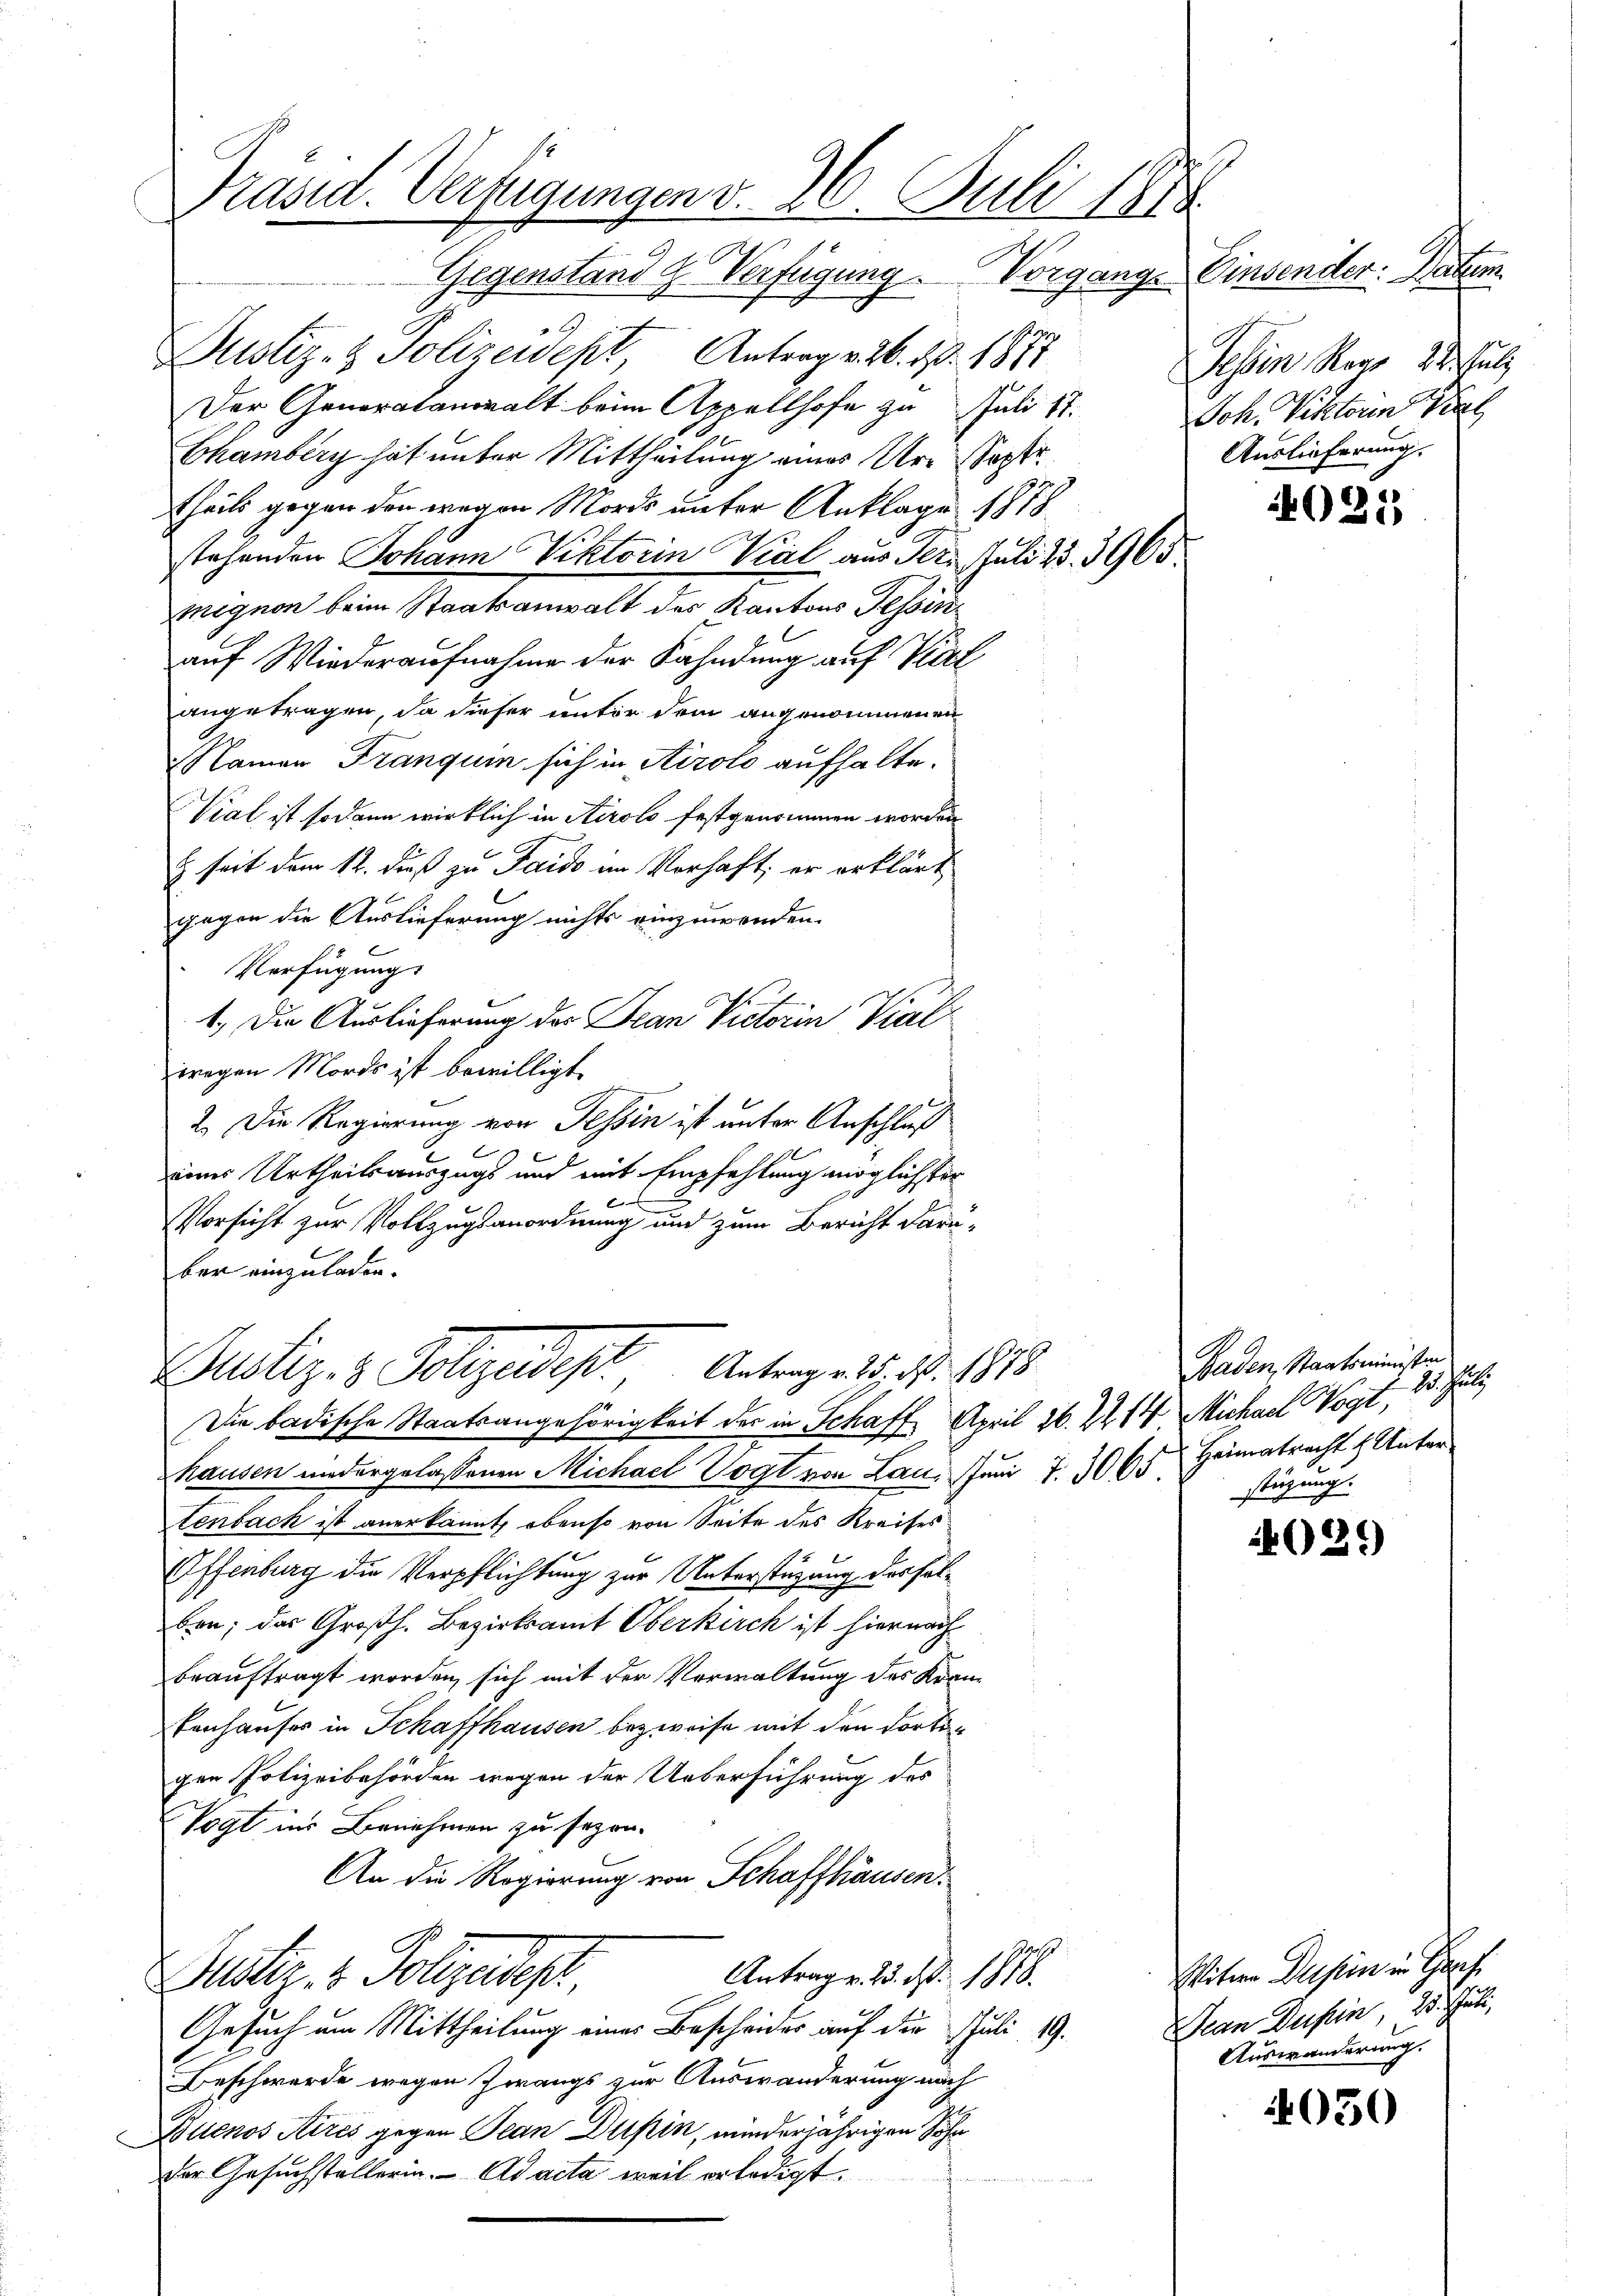
Präsid. Verfügungen v. 26. Juli 1878
Gegenstand u. Verfügung. Vorgange Einsender: Datum

Justiz- & Polizeidept Antrag v. 26. No. 1877
Der Generalanwalt beim Appellhofe zu Juli 17.
Chamberg hat unter Mittheilung eines Ure Postt
theils gegen den wegen Mordes unter Anklage 1878
stehenden Johann Viktorin Viel aus Ter. Juli 23. 3965.
Mignon beim Staatsanwalt des Kantons Tessinauf Wiederaufnahme der Fahndung auf Viel
angetragen, da dieser unter dem angenommenen
Namen Tranqui sich in Airolo aufhalte.
Vial ist sodann wirklich in Airolo festgenommen worden
E seit dem 12. dieß zu Taido im Vorhaft, er erklärt
gegen die Auslieferung nichts einzuwenden.
Verfügung
1.) Die Auslieferung des Jean Victorin Vialwegen Mords ist bewilligt.
2. Die Regierung von Tessin ist unter Anschluß
eines Urtheilsauszugs und mit Empfehlung möglichster
b
Vorsicht zur Vollzugsanordnung und zum Bericht darüber einzuladen.
Justiz- & Polizeidest, Antragen 15. No. 1813
Die badische Staatsangehörigkeit der in Schaff, April 26. 2214 Michael Vogt,
hausen niedergelassenen Michael Vogt von Lan. Juni 7. 306. Heimatracht f Unter
tenbach ist anerkannt, ebenso von Seite des Kreises
Offenburg die Verpflichtung zur Unterstüzung desselben; das Großh. Bezirksamt Oberkirch ist hiernach
beauftragt worden, sich mit der Verwaltung des Kran¬
Ernhauses in Schaffhausen bezweife mit den dortig
gen Polizeibehörden wegen der Ueberführung des
Vogt ins Benehmen zu sezen-
An die Regierung von Schaffhausen
Antrag v. 23. No. 1878.
Puster. 1 Polizedel,
Gesuch um Mittheilung eines Bescheider auf der Juli 19.
Beschwerde wegen Zwangs zur Auswanderung nach
Buenos Aires gegen Jean Dupin, minderjährigen Sohn
der Gesuchstellerin. Ad acta weil erledigt

Dessen Reg. 22. Juli
Joh. Viktoren Prat
Auslieferung.
021

Baden, Staatsministen
desha
stüzung.

021)

Witwe Du sein in Graf
Han Dusin, 23. Juli,
Auswanderung.

4030